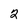
Character: 2